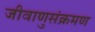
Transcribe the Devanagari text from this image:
जीवाणुसंक्रमण